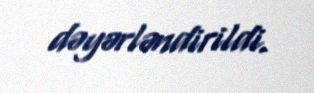
dəyərləndirildi.